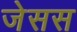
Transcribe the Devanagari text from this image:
जेसस